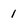
Character: 1